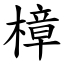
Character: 樟